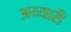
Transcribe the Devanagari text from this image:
अय्यारी